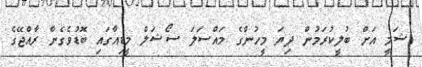
ޝަމީ އަށް ބުލީކުރަމުން ދިޔަ މީހުންގެ މައްސަލަ ސޯޝަލް މީޑިއާގައި ބޮޑުވެގެން ރާއްޖޭގެ